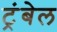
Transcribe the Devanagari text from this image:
ट्रंबेल